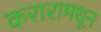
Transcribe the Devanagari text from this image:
करारामधून